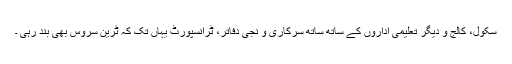
سکول، کالج و دیگر تعلیمی اداروں کے ساتھ ساتھ سرکاری و نجی دفاتر، ٹرانسپورٹ یہاں تک کہ ٹرین سروس بھی بند رہی ۔